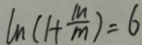
\ln ( 1 + \frac { m } { m } ) = 6